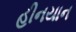
હીનયાન